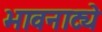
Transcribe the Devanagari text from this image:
भावनाट्ये